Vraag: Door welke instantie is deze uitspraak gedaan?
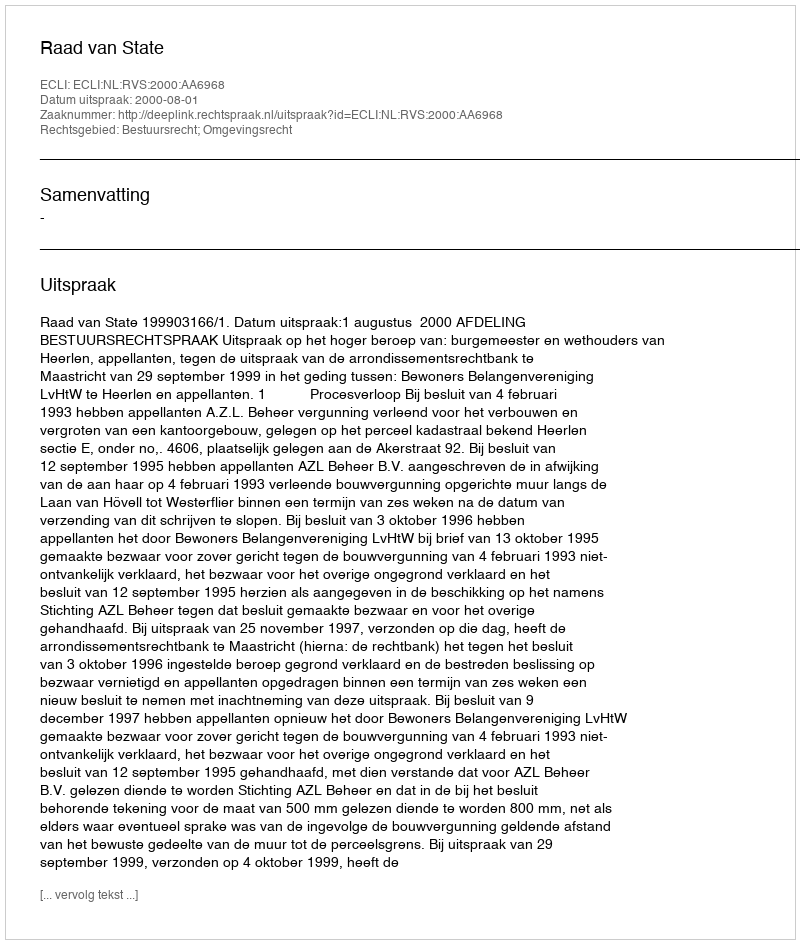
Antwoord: Raad van State